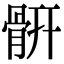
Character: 𩩄